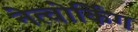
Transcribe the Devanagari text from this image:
नेत्वोर्किंग